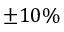
\pm 1 0 \%